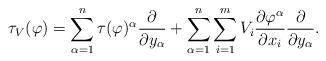
LaTeX: \begin{align*}\tau_V(\varphi)=\sum\limits_{\alpha=1}^n\tau(\varphi)^\alpha \frac{\partial}{\partial y_\alpha}+\sum\limits_{\alpha=1}^n\sum\limits_{i=1}^m V_i\frac{\partial \varphi^\alpha}{\partial x_i}\frac{\partial}{\partial y_\alpha}.\end{align*}